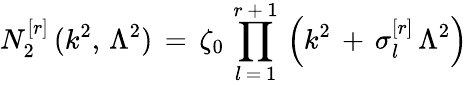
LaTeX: N_{2}^{[r]}\, (k^{2},\, \Lambda^{2})\, =\, \zeta_{0}\, \prod_{l\, =\, 1}^{r\, +\, 1}\, \left(k^{2}\, +\, \sigma_{l}^{[r]}\, \Lambda^{2}\right)